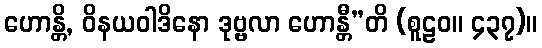
ဟောန္တိ, ဝိနယဝါဒိနော ဒုဗ္ဗလာ ဟောန္တီ”တိ (စူဠဝ။ ၄၃၇)။